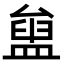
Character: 𥂒